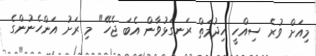
މިއަށް ވުރެ ސިއްހީ ހިދުމަތް ރަނގަޅުވާން އެބަ ޖެހޭ" މި ރަށު އަންހެނުންގެ